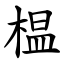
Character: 榅